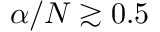
\alpha / N \gtrsim 0 . 5